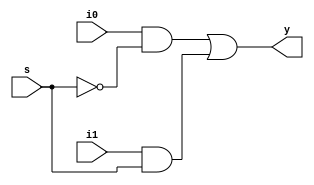
module mux2_1(i0,i1,s,y);
input i0,i1,s;
output y;
assign y = i0&(~s) | i1&s;
endmodule